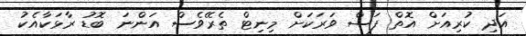
އަދި ކުރިއަށް އޮތް ފަސް ވަރަކަށް މިނިޓް ތެރޭވެސް އަންނަ ބޮޑު ރާޅަކާއެކު